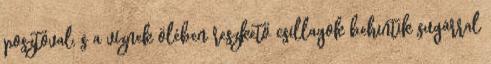
posztóval, s a víznek ölében reszkető csillagok behintik sugárral